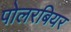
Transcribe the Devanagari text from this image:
पोलरबियर